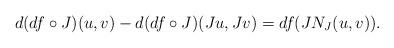
LaTeX: \begin{align*}d(df\circ J)(u,v) - d(df\circ J)(Ju,Jv) = df(JN_J(u,v)).\end{align*}